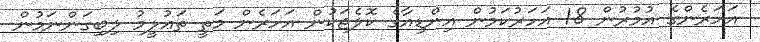
އަހަރެންގެ އުމުރުން 18 އަހަރުކަމުން އިންޑިއާގެ ކޮލެޖަކުން އަހަރެން މަތީ ތަޢުލީމު ލިބިގަންނަމުން